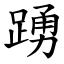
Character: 踴